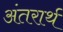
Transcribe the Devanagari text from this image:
अंतरार्थ